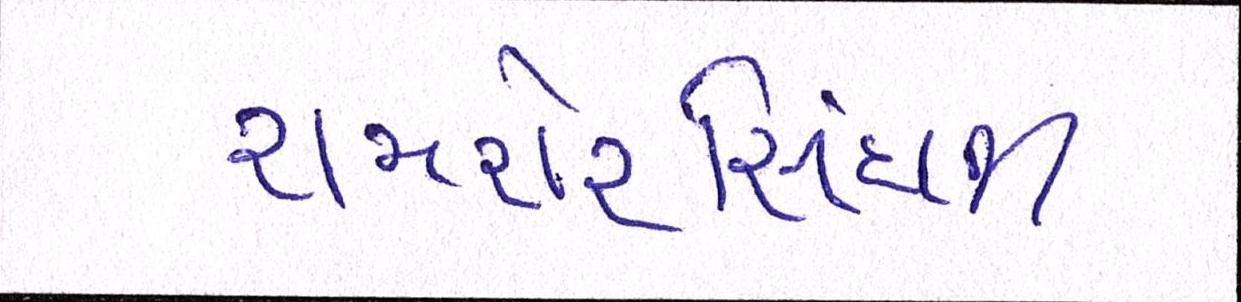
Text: શમશેરસિંઘની